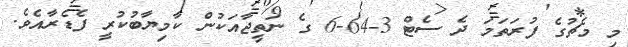
މި މެޗުގެ ފުރަތަމަ ދެ ސެޓް 3-64-6 ގެ ނަތީޖާއަކުން ކާމިޔާބުކުރީ ފެޑެރާއެވެ.